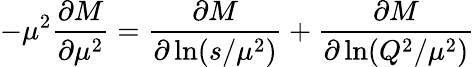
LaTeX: -\mu^{2}\frac{\partial M}{\partial\mu^{2}}=\frac{\partial M}{\partial\ln(s/\mu^{2})}+\frac{\partial M}{\partial\ln(Q^{2}/\mu^{2})}